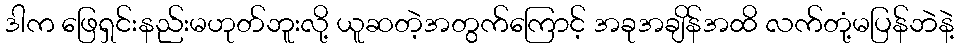
ဒါက ဖြေရှင်းနည်းမဟုတ်ဘူးလို့ ယူဆတဲ့အတွက်ကြောင့် အခုအချိန်အထိ လက်တုံ့မပြန်ဘဲနဲ့